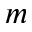
m